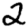
Digit: 2